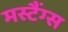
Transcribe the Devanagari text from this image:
मस्टैंग्स